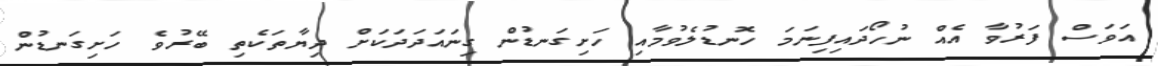
އަވަސް ފަރުވާ އެއް ނުހޯދައިފިނަމަ ހޮނޑުލެވުމާއި ހަށިގަނޑުން ގިނައަދަދަކަށް ދިޔާތަކެތި ބޭރުވެ ހަށިގަނޑުން